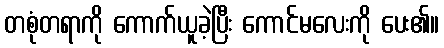
တစုံတရာကို ကောက်ယူခဲ့ပြီး ကောင်မလေးကို ပေး၏။